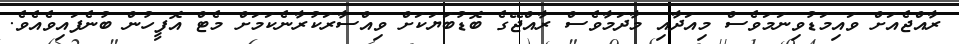
ރާއްޖެއަށް ވައިމަޑުވިނަމަވެސް މިއަދާއި މާދަމާވެސް ރާއްޖޭގެ ބޮޑުބަޔަކަށް ވިއްސާރަކުރާނެކަމަށް މެޓް އޮފީހުން ބުނެފައިވެއެވެ.